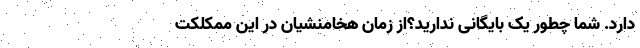
دارد. شما چطور یک بایگانی ندارید؟از زمان هخامنشیان در این ممکلکت